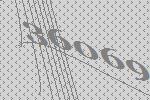
36069